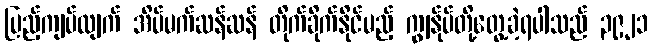
ပြည့်ကျပ်လျက် အိပ်မက်ဆန်ဆန် တိုက်ခိုက်နိုင်မည့် ကျွန်ုပ်တို့တွေ့ခဲ့ရပါသည် ၃၉၂၁